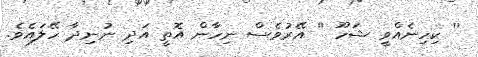
'' ކިހިނެއްވީ ޝަހޫ '' އޭރުވެސް ނިހާން އޮތީ އަދި ނުނިދާ ހޭލައެވެ.